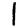
Digit: 1